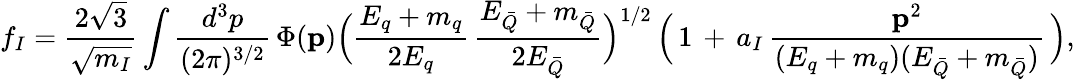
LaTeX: f_{I}={\frac{2{\sqrt{3}}}{\sqrt{m_{I}}}}\int{\frac{d^{3}p}{(2\pi)^{3/2}}}\, \Phi({\mathbf{p}})\Big({\frac{E_{q}+m_{q}}{2E_{q}}}\, {\frac{E_{\bar{Q}}+m_{\bar{Q}}}{2E_{\bar{Q}}}}{\Big)}^{1/2}\, \Big(\, 1\, +\, a_{I}\, {\frac{{\mathbf{p}}^{2}}{(E_{q}+m_{q})(E_{\bar{Q}}+m_{\bar{Q}})}}\, \Big),